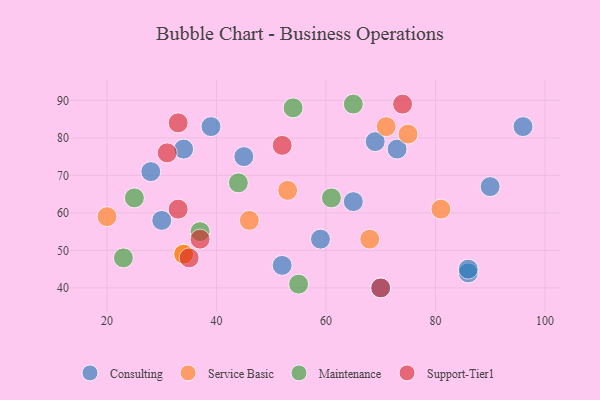
{"axis": {"x": "GDP", "y": "Life Expectancy"}, "legend": ["Consulting", "Maintenance", "Service Basic", "Support-Tier1"], "data": [{"x": "28", "y": 71, "type": "Consulting"}, {"x": "30", "y": 58, "type": "Consulting"}, {"x": "39", "y": 83, "type": "Consulting"}, {"x": "52", "y": 46, "type": "Consulting"}, {"x": "69", "y": 79, "type": "Consulting"}, {"x": "59", "y": 53, "type": "Consulting"}, {"x": "65", "y": 63, "type": "Consulting"}, {"x": "86", "y": 44, "type": "Consulting"}, {"x": "96", "y": 83, "type": "Consulting"}, {"x": "45", "y": 75, "type": "Consulting"}, {"x": "73", "y": 77, "type": "Consulting"}, {"x": "34", "y": 77, "type": "Consulting"}, {"x": "70", "y": 40, "type": "Consulting"}, {"x": "90", "y": 67, "type": "Consulting"}, {"x": "86", "y": 45, "type": "Consulting"}, {"x": "71", "y": 83, "type": "Service Basic"}, {"x": "81", "y": 61, "type": "Service Basic"}, {"x": "34", "y": 49, "type": "Service Basic"}, {"x": "46", "y": 58, "type": "Service Basic"}, {"x": "34", "y": 49, "type": "Service Basic"}, {"x": "20", "y": 59, "type": "Service Basic"}, {"x": "53", "y": 66, "type": "Service Basic"}, {"x": "68", "y": 53, "type": "Service Basic"}, {"x": "75", "y": 81, "type": "Service Basic"}, {"x": "55", "y": 41, "type": "Maintenance"}, {"x": "23", "y": 48, "type": "Maintenance"}, {"x": "25", "y": 64, "type": "Maintenance"}, {"x": "65", "y": 89, "type": "Maintenance"}, {"x": "54", "y": 88, "type": "Maintenance"}, {"x": "61", "y": 64, "type": "Maintenance"}, {"x": "44", "y": 68, "type": "Maintenance"}, {"x": "37", "y": 55, "type": "Maintenance"}, {"x": "33", "y": 84, "type": "Support-Tier1"}, {"x": "52", "y": 78, "type": "Support-Tier1"}, {"x": "35", "y": 48, "type": "Support-Tier1"}, {"x": "33", "y": 61, "type": "Support-Tier1"}, {"x": "74", "y": 89, "type": "Support-Tier1"}, {"x": "37", "y": 53, "type": "Support-Tier1"}, {"x": "31", "y": 76, "type": "Support-Tier1"}, {"x": "70", "y": 40, "type": "Support-Tier1"}]}